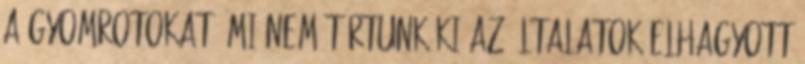
a gyomrotokat. Mi nem túrtunk ki az általatok elhagyott